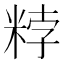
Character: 𥹸